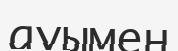
ауымен